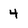
Character: 4